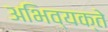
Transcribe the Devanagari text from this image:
अभिव्यक्ते